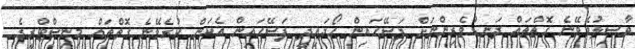
ވާސިލުވެވޭނެ ގޮތްތައް ދަނޑުވެރިންނަށް ފަސޭހައިން ހޯދައިދީ ފަސޭހައިން އެކަން ކުރެވޭނެ ގޮތްތައް މިނިސްޓްރީގެ